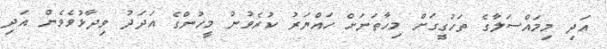
އަދި މިމައްސަލާގެ ތަހުގީގަށް މިހާތަނަށް ހައްޔަރު ކުރެވުނު މީހުންގެ އަދަދު ވިދާޅުވެވެން އަދި